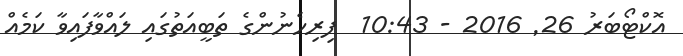
އޮކްޓޯބަރު 26